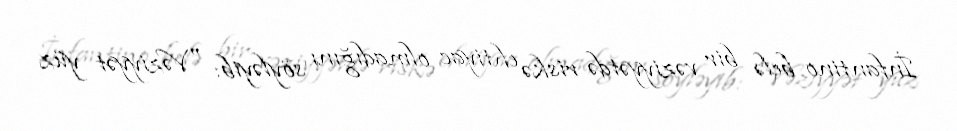
İnfantino belə bir vəziyyətdə riskə ehtiyac olmadığını söyləyib: "Vəziyyət yüz